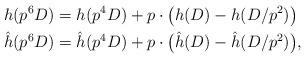
LaTeX: \begin{align*} h(p^6 D) &= h(p^4 D) + p \cdot \big( h(D) - h(D/p^2) \big) \\ \hat h(p^6 D) &= \hat h(p^4 D) + p \cdot \big( \hat h(D) - \hat h(D/p^2) \big), \end{align*}